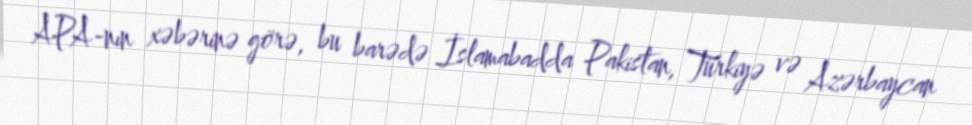
APA-nın xəbərinə görə, bu barədə İslamabadda Pakistan, Türkiyə və Azərbaycan